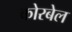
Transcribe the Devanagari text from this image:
कोरबेल